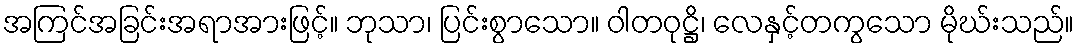
အကြင်အခြင်းအရာအားဖြင့်။ ဘုသာ၊ ပြင်းစွာသော။ ဝါတဝုဋ္ဌိ၊ လေနှင့်တကွသော မိုဃ်းသည်။